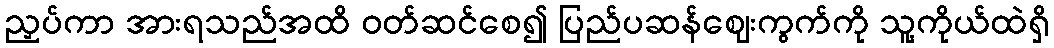
ညှပ်ကာ အားရသည်အထိ ဝတ်ဆင်စေ၍ ပြည်ပဆန်ဈေးကွက်ကို သူ့ကိုယ်ထဲရှိ